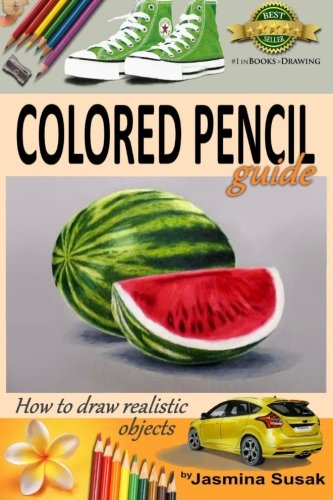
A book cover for Colored Pencil Guide - How to Draw Realistic Objects: with colored pencils, Still Life Drawing Lessons, Realism, Learn How to Draw, Art Book, Illustrations, Step-by-Step drawing tutorials, Techniques; Jasmina Susak; Arts & Photography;